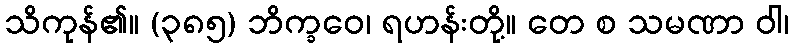
သိကုန်၏။ (၃၈၅) ဘိက္ခဝေ၊ ရဟန်းတို့။ တေ စ သမဏာ ဝါ၊